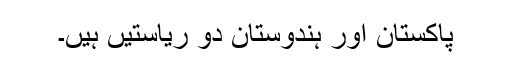
پاکستان اور ہندوستان دو ریاستیں ہیں۔